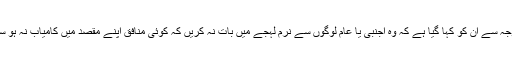
اس وجہ سے اُن کو کہا گیا ہے کہ وہ اجنبی یا عام لوگوں سے نرم لہجے میں بات نہ کریں کہ کوئی منافق اپنے مقصد میں کامیاب نہ ہو سکے۔